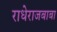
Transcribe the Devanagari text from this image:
राधेराजबाबा